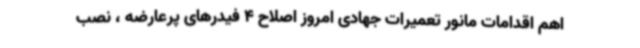
اهم اقدامات مانور تعمیرات جهادی امروز اصلاح 4 فیدرهای پرعارضه ، نصب